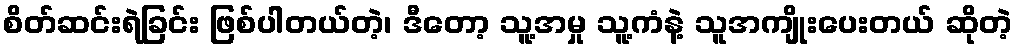
စိတ်ဆင်းရဲခြင်း ဖြစ်ပါတယ်တဲ့၊ ဒီတော့ သူ့အမှု သူ့ကံနဲ့ သူအကျိုးပေးတယ် ဆိုတဲ့